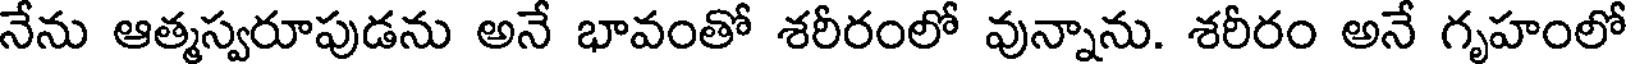
నేను ఆత్మస్వరూపుడను అనే భావంతో శరీరంలో వున్నాను. శరీరం అనే గృహంలో